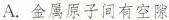
A.金属原子间有空隙